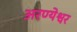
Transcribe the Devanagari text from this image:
अरण्येश्वर